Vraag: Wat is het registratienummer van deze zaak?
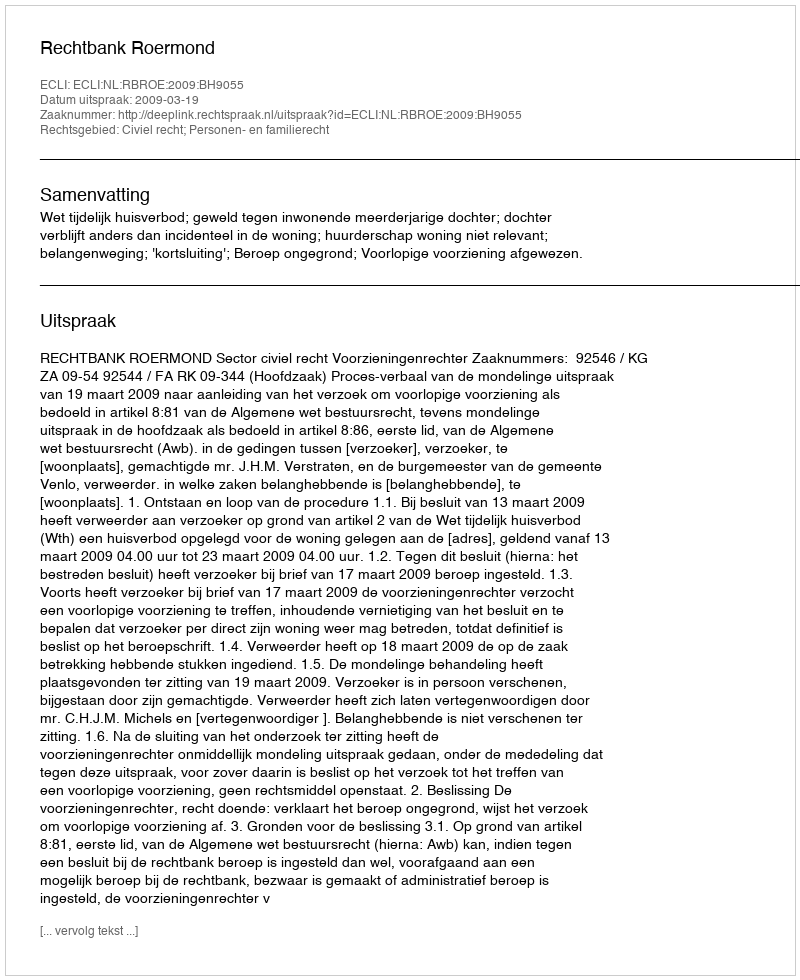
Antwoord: http://deeplink.rechtspraak.nl/uitspraak?id=ECLI:NL:RBROE:2009:BH9055